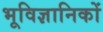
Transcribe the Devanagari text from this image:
भूविज्ञानिकों